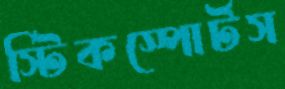
স্টিকস্পোর্টস